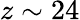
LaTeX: z\sim 24